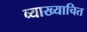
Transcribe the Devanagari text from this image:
व्याख्याचित